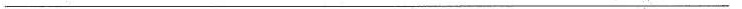
___